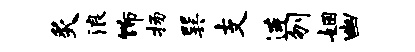
炙浪饰扬巽支连刎姻幽